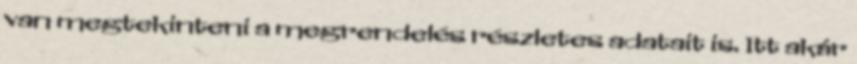
van megtekinteni a megrendelés részletes adatait is. Itt akár